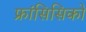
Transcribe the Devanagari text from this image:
फ्रांसिसिको